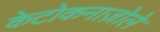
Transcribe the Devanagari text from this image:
केटोकनाज़ोले